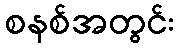
စနစ်အတွင်း